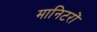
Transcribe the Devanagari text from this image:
मानिटरों